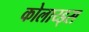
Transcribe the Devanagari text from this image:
कोलाय्ड्स